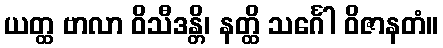
ယတ္ထ ဗာလာ ဝိသီဒန္တိ၊ နတ္ထိ သင်္ဂေါ ဝိဇာနတံ။